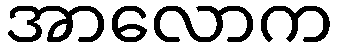
အာလောက